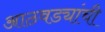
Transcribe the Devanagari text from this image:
आठवड्यांची